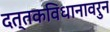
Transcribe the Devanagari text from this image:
दत्तकविधानावरुन